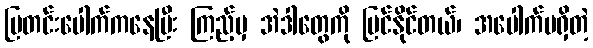
ပြတင်းပေါက်ကနေပြီး ကြည့်မှ အဲဒါတွေကို မြင်နိုင်တယ်၊ အပေါက်မရှိတဲ့